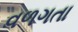
વળગતા